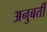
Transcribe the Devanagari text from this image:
अनुबर्ती